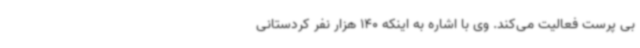
بی پرست فعالیت می‌کند. وی با اشاره به اینکه 140 هزار نفر کردستانی